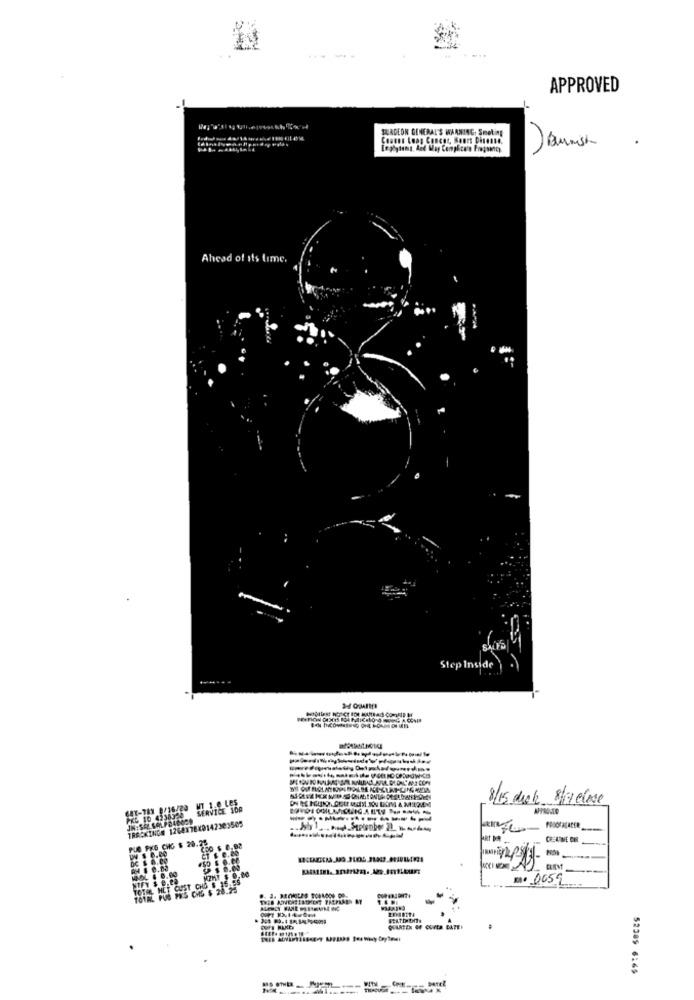
APPROVED
SURGEON GENERAL'S WARNING, Smoking
Ahead of its time.
. . .
shirts
Step Inside
647-781 8/16/20 MT 1.0 LES
8/15 disk 8/1 clase
RVICE TOR
TRACKING# 1268X7810142303505
PLe PKG CHG $ 20.25
$ 0.02
DC $ 0.00
TOTAL HET CUST CHO $ 16.55
MZHT $ 0,00
TOTAL PUS PKS CHG $ 28.25
1º 0659
52385 6169